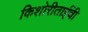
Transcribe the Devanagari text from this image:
किशोरीताईंची